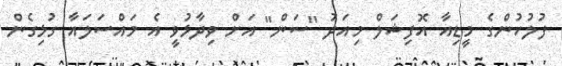
ފުލުހުންގެ މީޑިއާ އޮފިޝަލް މިއަދު "ސަން" އަށް ވިދާޅުވީ އެ މައްސަލައާ ގުޅިގެން